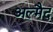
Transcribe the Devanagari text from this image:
अल्मैद